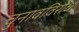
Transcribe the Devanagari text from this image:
चुनावविरोध